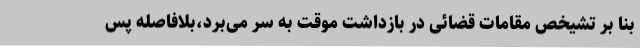
بنا بر تشیخص مقامات قضائی در بازداشت موقت به سر می‌برد،بلافاصله پس